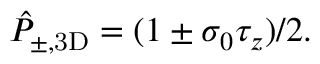
\hat { P } _ { \pm , \mathrm { 3 D } } = ( 1 \pm \sigma _ { 0 } \tau _ { z } ) / 2 .